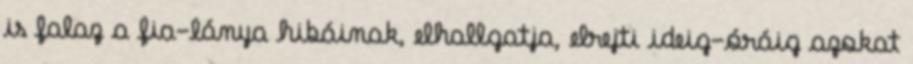
is falaz a fia-lánya hibáinak, elhallgatja, elrejti ideig-óráig azokat